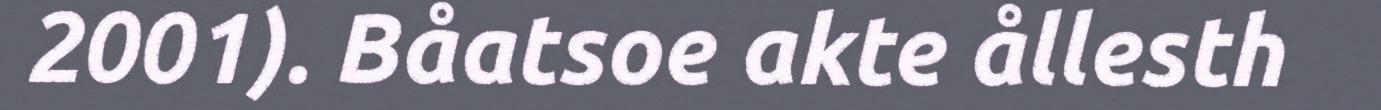
2001). Båatsoe akte ållesth